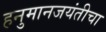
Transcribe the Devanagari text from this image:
हनुमानजयंतीचा